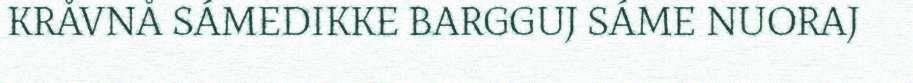
KRÅVNÅ SÁMEDIKKE BARGGUJ SÁME NUORAJ